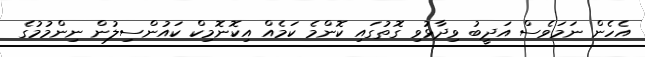
އެހެން ނަމަވެސް އަދީބު ވިދާޅުވި ގޮތުގައި ކޮންމެ ކަމެއް އިކޮނޮމިކް ކައުންސިލުން ނިންމުމުގެ